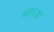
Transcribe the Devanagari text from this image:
आपुआ